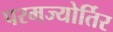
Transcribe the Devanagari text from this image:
परमज्‍योर्तिर